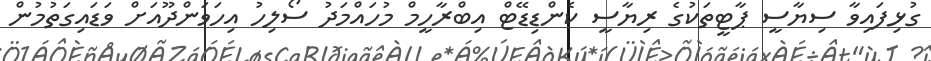
ގުޅިފައިވާ ސިޔާސީ ޕާޓީތަކުގެ ރިޔާސީ ކެންޑިޑޭޓް އިބްރާހީމް މުހައްމަދު ސޯލިހު އިހަވަންދޫއަށް ވަޑައިގަތުމުން